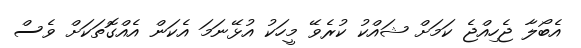
އެބޯލާ ޖެހިއްޖެ ކަމަށް ޝައްކު ކުރެވޭ މީހަކު އުޅޭނަމަ އެކަން އެއްގޮތަކަށް ވެސް